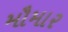
મૌમાર